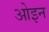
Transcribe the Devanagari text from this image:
ओइन